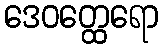
ဒေဝတ္ထေရော